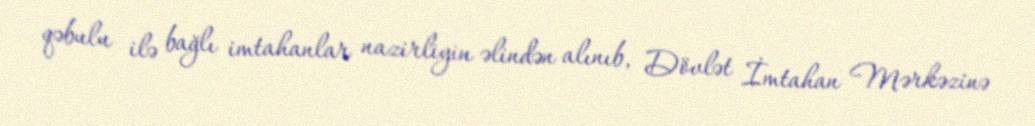
qəbulu ilə bağlı imtahanlar nazirliyin əlindən alınıb, Dövlət İmtahan Mərkəzinə